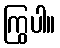
ကြွပါ။